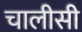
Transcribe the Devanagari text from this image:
चालीसी